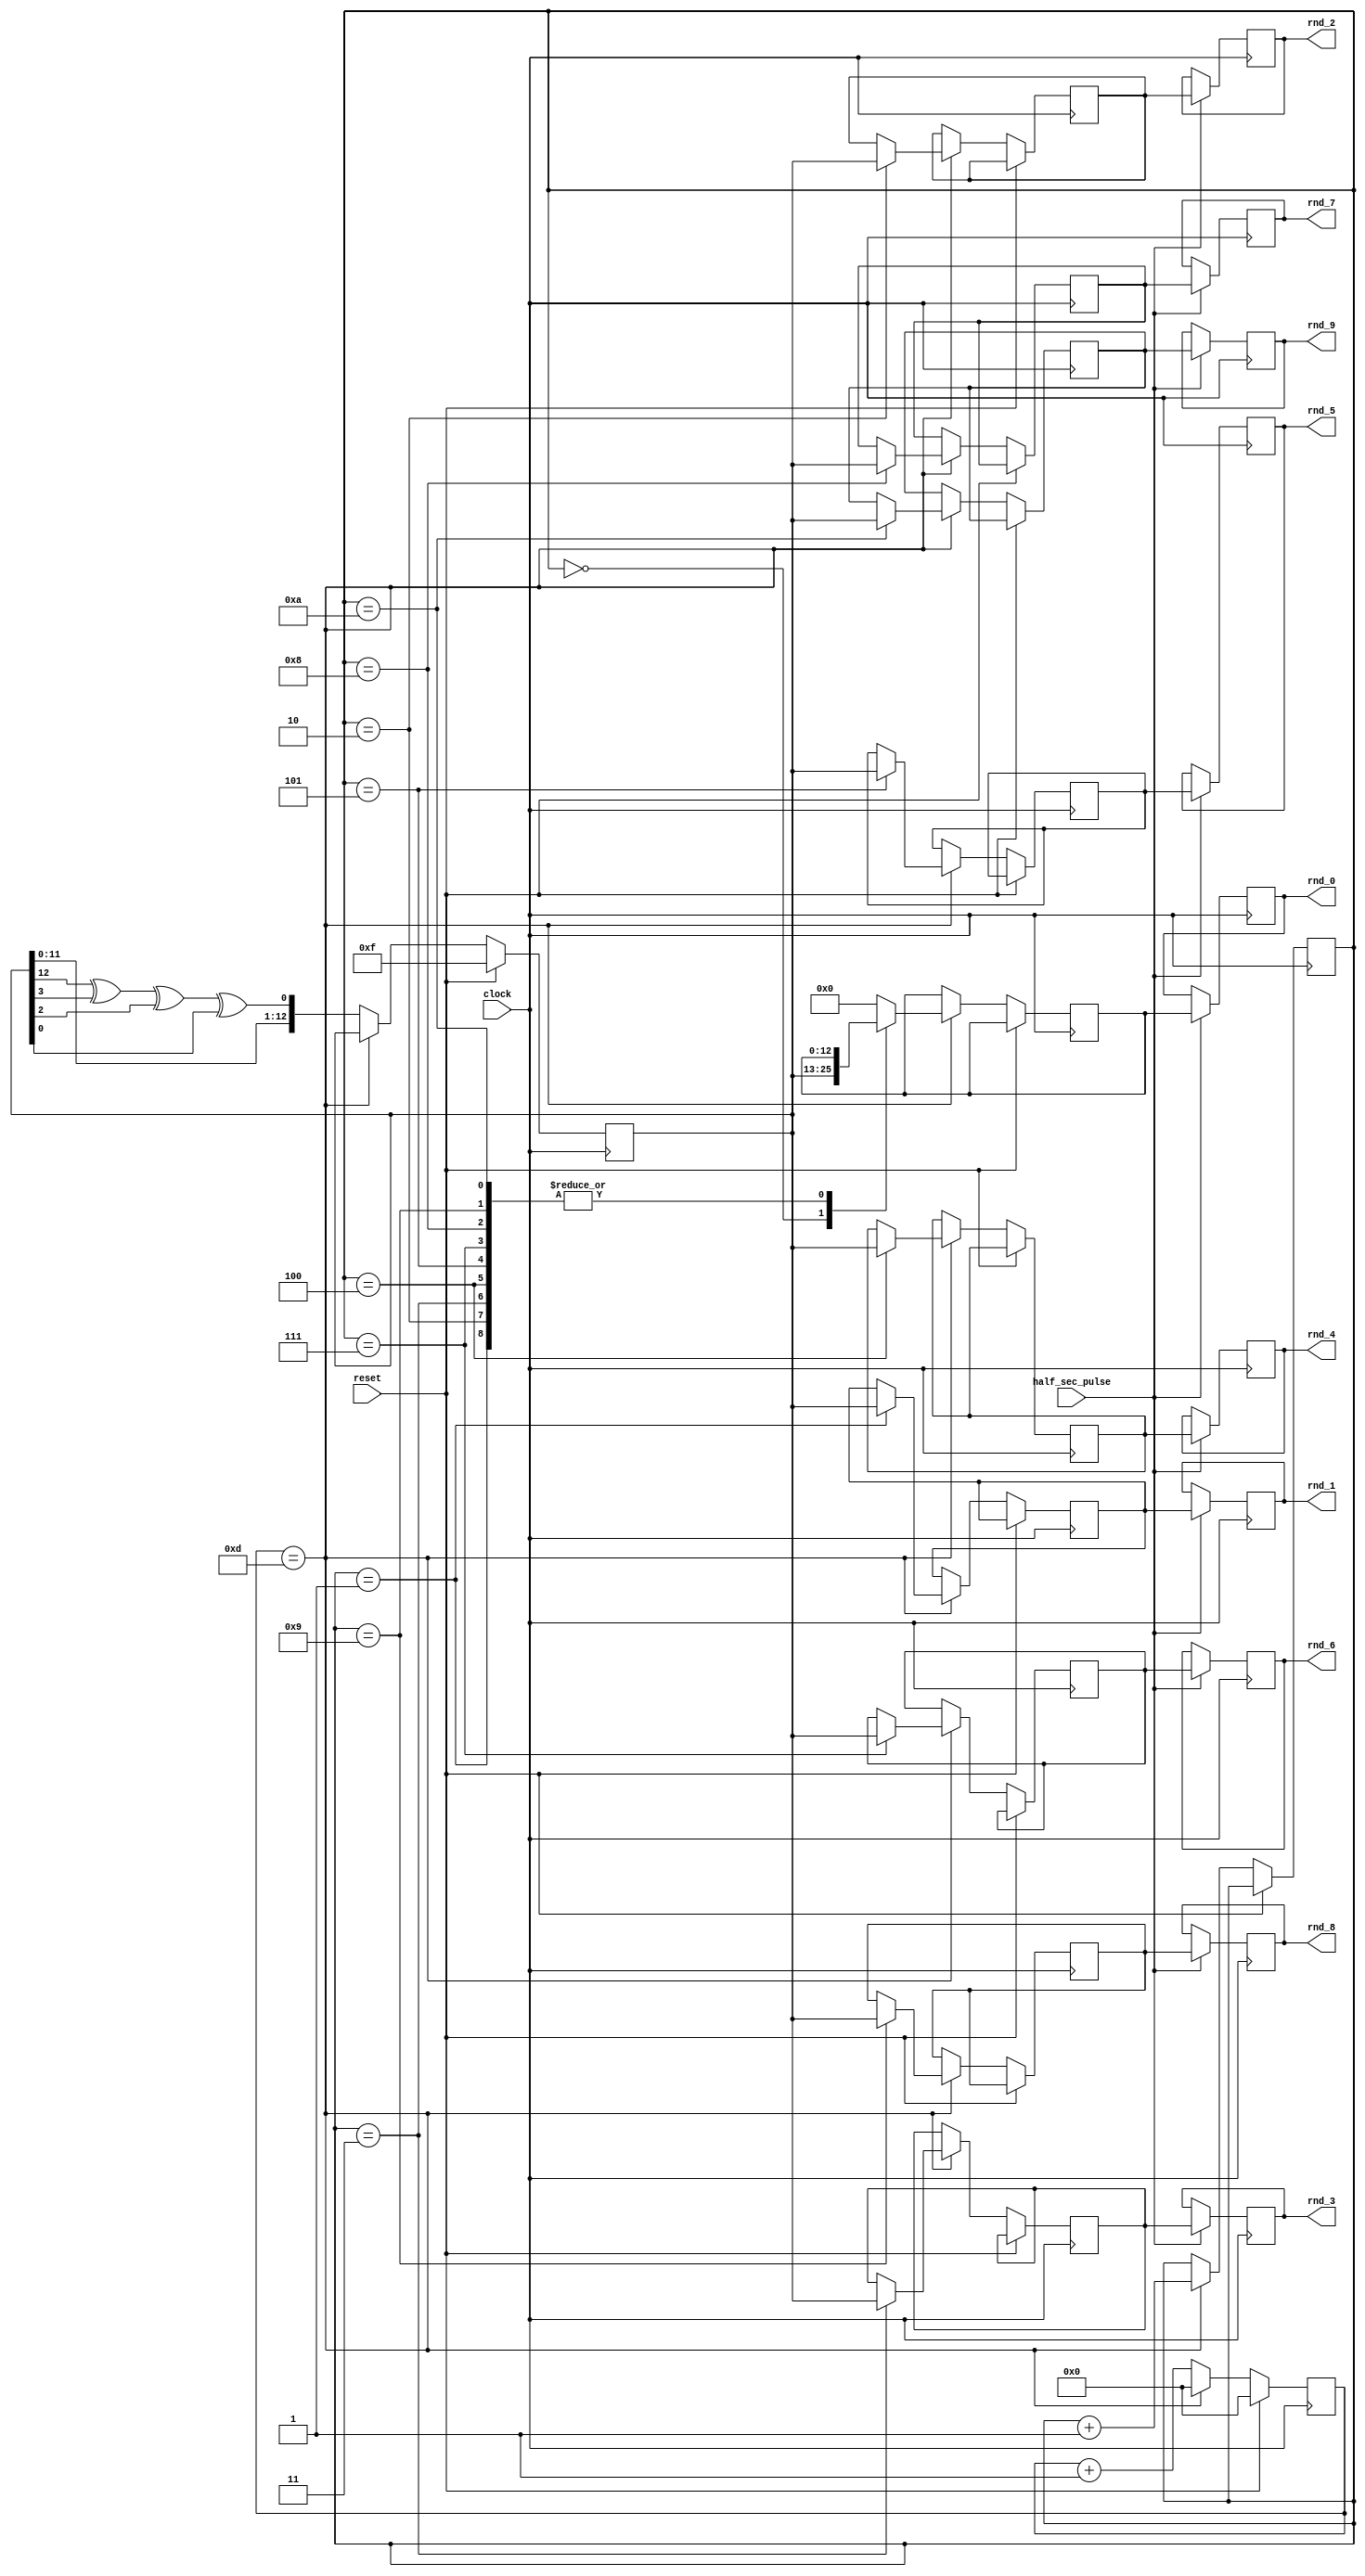
`default_nettype none

module LFSR (
    input wire clock,
    input wire reset,
    input wire half_sec_pulse,
    output reg [12:0] rnd_0,
    output reg [12:0] rnd_1,
    output reg [12:0] rnd_2,
    output reg [12:0] rnd_3,
    output reg [12:0] rnd_4,
    output reg [12:0] rnd_5,
    output reg [12:0] rnd_6,
    output reg [12:0] rnd_7,
    output reg [12:0] rnd_8,
    output reg [12:0] rnd_9
    );

wire feedback;
reg [12:0] random, random_done_0, random_done_1, random_done_2, random_done_3, random_done_4, random_done_5, random_done_6, random_done_7, random_done_8,random_done_9;
reg [3:0] count; //to keep track of the shifts
reg [3:0] count2; //to keep track of the shifts

assign feedback = random[12] ^ random[3] ^ random[2] ^ random[0]; 

always @ (posedge clock)
begin
if (half_sec_pulse == 1 ) 
begin
rnd_0 <= random_done_0;
rnd_1 <= random_done_1;
rnd_2 <= random_done_2;
rnd_3 <= random_done_3;
rnd_4 <= random_done_4;
rnd_5 <= random_done_5;
rnd_6 <= random_done_6;
rnd_7 <= random_done_7;
rnd_8 <= random_done_8;
rnd_9 <= random_done_9;
end
else begin
rnd_0 <= rnd_0;
rnd_1 <= rnd_1;
rnd_2 <= rnd_2;
rnd_3 <= rnd_3;
rnd_4 <= rnd_4;
rnd_5 <= rnd_5;
rnd_6 <= rnd_6;
rnd_7 <= rnd_7;
rnd_8 <= rnd_8;
rnd_9 <= rnd_9;

end
end

always @ (posedge clock)
begin
 	if (reset)
 		begin
  			random <= 13'hF; //An LFSR cannot have an all 0 state, thus reset to FF
  			count <= 0;
 		end
	else
 		begin
 			if (count == 13)
				
 				begin
  					count <= 0;
      						  case(count2)
         						 4'b0000: random_done_0 = random;  
         						 4'b0001: random_done_1 = random;
          						 4'b0010: random_done_2 = random;
          					        4'b0011: random_done_3 = random;			
         						 4'b0100: random_done_4 = random;
          						 4'b0101: random_done_5 = random;
         						 4'b0111: random_done_6 = random;
          						 4'b1000: random_done_7 = random;
          					        4'b1001: random_done_8 = random;			
         						 4'b1010: random_done_9 = random;
                                              default: random_done_0 = 4'b0000;
                                              endcase
					count2  <= count2 + 1;
 				end
			else 
				begin
  					random <= {random[11:0], feedback}; //shift left the xor'd every posedge clock
  					count <= count + 1;
 				end
 		end
end 

endmodule